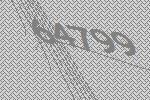
64799